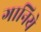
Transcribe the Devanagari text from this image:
गानिये